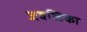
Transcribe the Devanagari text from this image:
जवळिका